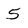
Character: 5